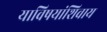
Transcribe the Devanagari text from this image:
याविषयांशिवाय